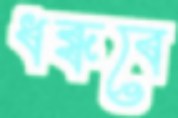
ধব্‌ধবে